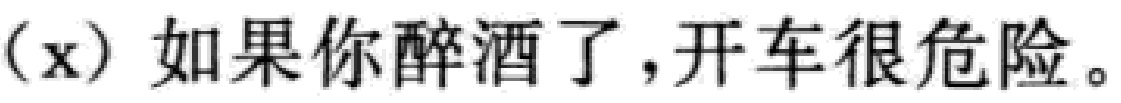
（x）如果你醉酒了，开车很危险。